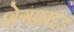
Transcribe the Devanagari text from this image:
शेगफ्राइड